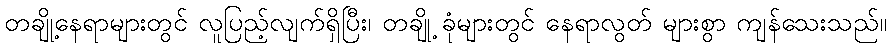
တချို့နေရာများတွင် လူပြည့်လျက်ရှိပြီး၊ တချို့ ခုံများတွင် နေရာလွတ် များစွာ ကျန်သေးသည်။